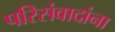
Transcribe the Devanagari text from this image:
परिसंवादांना